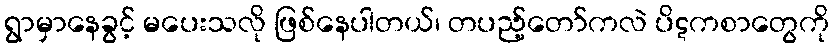
ရွာမှာနေခွင့် မပေးသလို ဖြစ်နေပါတယ်၊ တပည့်တော်ကလဲ ပိဋကစာတွေကို